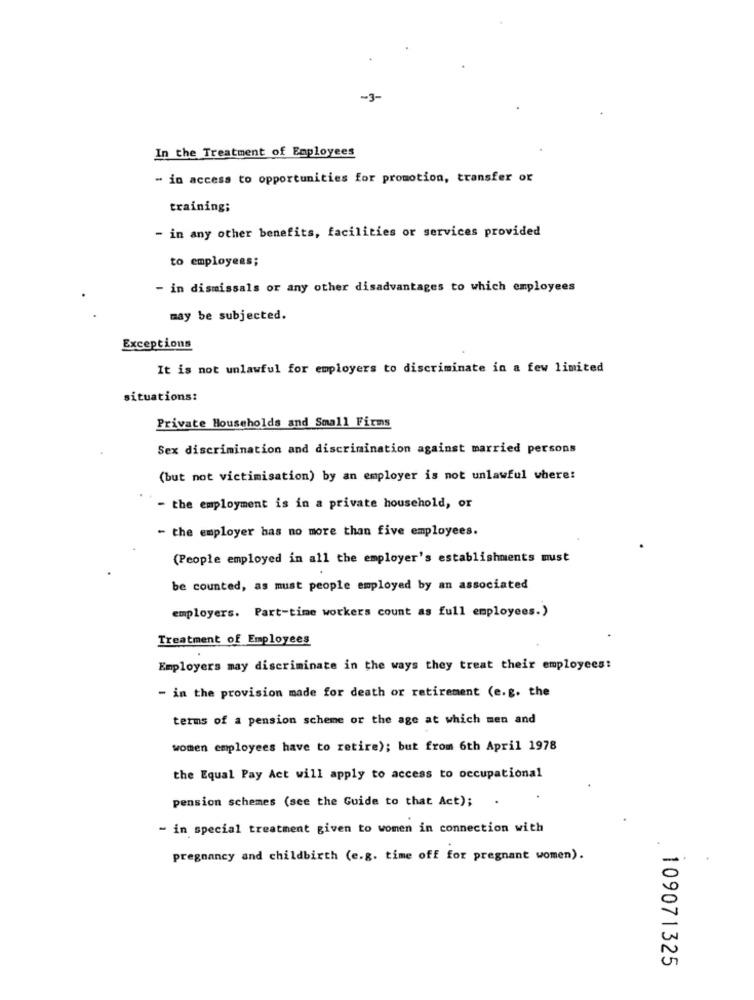
-3-
In the Treatment of Employees
- in access to opportunities for promotion, transfer or
training;
- in any other benefits, facilities or services provided
to employees;
- in dismissals or any other disadvantages to which employees
may be subjected.
Exceptions
It is not unlawful for employers to discriminate in a few limited
situations:
Private Households and Small Firms
Sex discrimination and discrimination against married persons
(but not victimisation) by an employer is not unlawful where:
- the employment is in a private household, or
- the employer has no more than five employees.
(People employed in all the employer's establishments must
be counted, as must people employed by an associated
employers. Part-time workers count as full employees.)
Treatment of Employees
Employers may discriminate in the ways they treat their employees:
- in the provision made for death or retirement (e.g. the
terms of a pension scheme or the age at which men and
women employees have to retire); but from 6th April 1978
the Equal Pay Act will apply to access to occupational
pension schemes (see the Guide to that Act);
- in special treatment given to women in connection with
pregnancy and childbirth (e.g. time off for pregnant women).
109071325